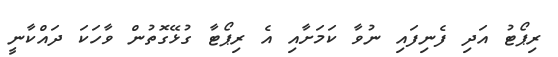
ރިޕޯޓު އަދި ފެނިފައި ނުވާ ކަމަށާއި އެ ރިޕޯޓާ ގުޅޭގޮތުން ވާހަކަ ދައްކާނީ